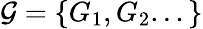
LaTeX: \mathcal{G}=\{ G_{1},G_{2}...\}